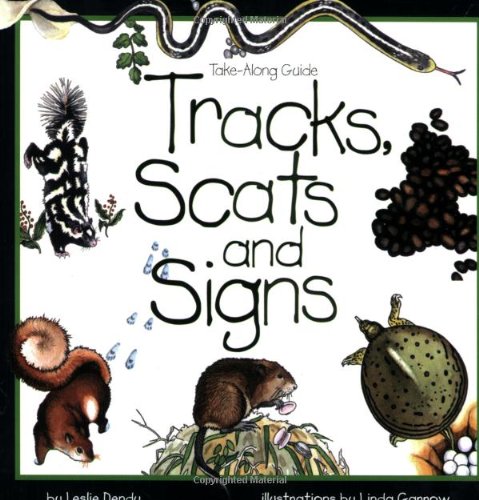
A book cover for Tracks, Scats and Signs (Take Along Guides); Leslie Dendy; Science & Math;